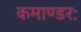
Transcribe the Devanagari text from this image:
कमाण्डरः